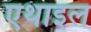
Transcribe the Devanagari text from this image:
एथाइल